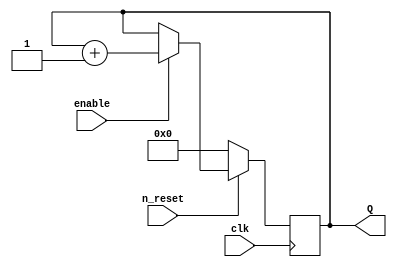
//		16 bit up counter, synchronous reset; Behavioural
//		
//		Port	: clk		: in	: Synchronous clock
//				: reset		: in	: Resets counter to 0x0000
//				: enable	: in	: enable counting.
//				: Q			: out	: Output of counter
//				
//		

module CounterUpSyncBeh_16 ( clk, n_reset, enable, Q );

	input clk, n_reset, enable;
	
	output reg [15:0] Q = 16'h0000;
	
	always @(posedge clk) begin
		if (!n_reset)
			Q <= 16'h0000;
		else if ( enable)
			Q <= Q + 1;
	end
	
endmodule